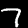
Label: 7